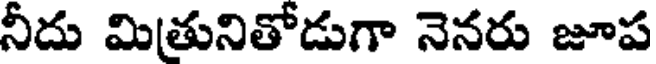
నీదు మితునితోడుగా నెనరు జూప